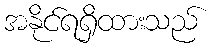
အနိုင်ရရှိထားသည်